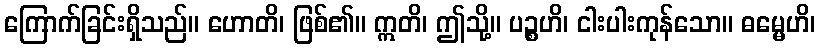
ကြောက်ခြင်းရှိသည်။ ဟောတိ၊ ဖြစ်၏။ ဣတိ၊ ဤသို့။ ပဉ္စဟိ၊ ငါးပါးကုန်သော။ ဓမ္မေဟိ၊